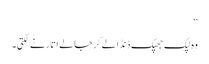
‘‘
وہ لپک جھپک ڈنڈا لے کر جالے اتارنے لگتی۔